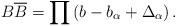
LaTeX: \begin{align*}B\overline{B}=\prod \left(b-b_{\alpha}+\Delta_{\alpha}\right).\end{align*}